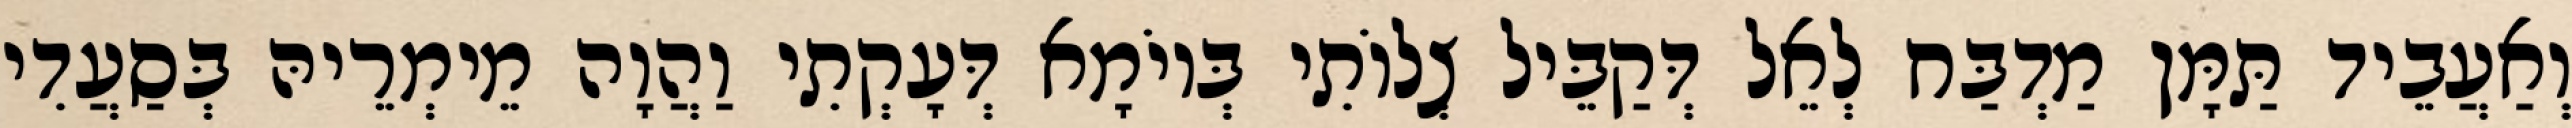
וְאַעֲבֵיד תַּמָּן מַדְבַּח לְאֵל דְּקַבֵּיל צְלוֹתִי בְּיוֹמָא דְּעָקְתִי וַהֲוָה מֵימְרֵיהּ בְּסַעֲדִי